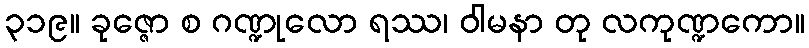
၃၁၉။ ခုဇ္ဇော စ ဂဏ္ဍုလော ရဿ၊ ဝါမနာ တု လကုဏ္ဍကော။